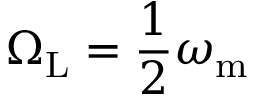
\Omega _ { \mathrm { L } } = \frac { 1 } { 2 } \omega _ { \mathrm { m } }